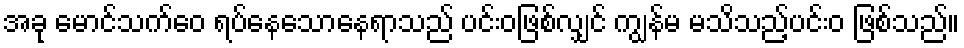
အခု မောင်သက်ဝေ ရပ်နေသောနေရာသည် ပင်းဝဖြစ်လျှင် ကျွန်မ မသိသည့်ပင်းဝ ဖြစ်သည်။